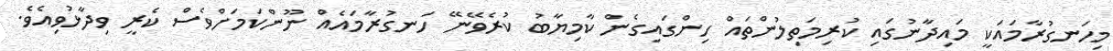
މިހަނގުރާމައަކީ މައިދާނުގައި ކުރިމަތިލުންތައް ހިންގައިގެން ކާމިޔާބު ކުރެވޭނޭ ހަނގުރާމައެއް ނޫންކަމަށްވެސް ކެރީ ވިދާޅުވިއެވެ.